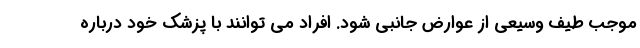
موجب طیف وسیعی از عوارض جانبی شود. افراد می توانند با پزشک خود درباره